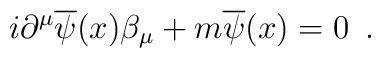
i\partial^{\mu} \overline{\psi}(x) \beta_{\mu}+m\overline{\psi}(x)=0 \,\,\,.